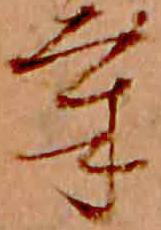
気